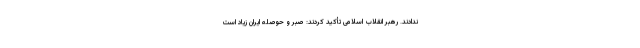
ندادند. رهبر انقلاب اسلامی تأکید کردند: صبر و حوصله ایران زیاد است